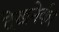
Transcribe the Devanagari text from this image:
देखनेकी